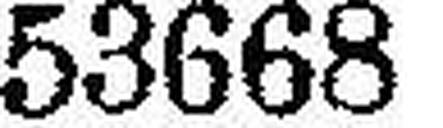
53668